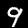
Digit: 9